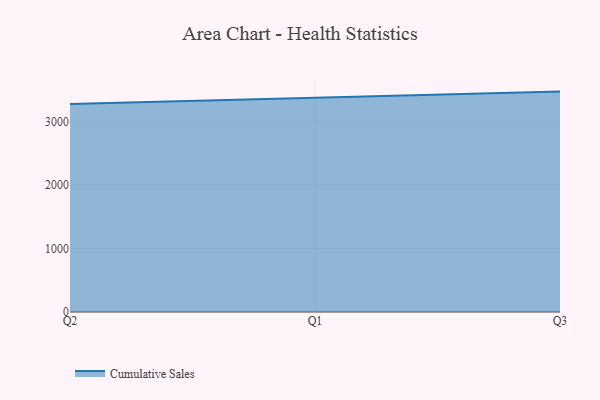
{"axis": {"x": "Quarter", "y": "Headcount"}, "legend": ["Cumulative Sales"], "data": [{"x": "Q2", "y": 3277.6, "type": "Cumulative Sales"}, {"x": "Q1", "y": 3379.7, "type": "Cumulative Sales"}, {"x": "Q3", "y": 3471.6, "type": "Cumulative Sales"}]}